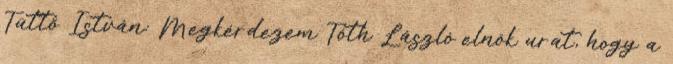
Tüttő István: Megkérdezem Tóth László elnök urat, hogy a